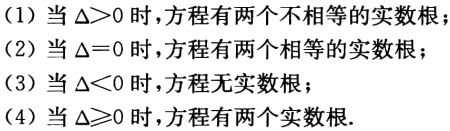
(1) 当\(\Delta>0\)时，方程有两个不相等的实数根；

(2) 当\(\Delta = 0\)时，方程有两个相等的实数根；

(3) 当\(\Delta<0\)时，方程无实数根；

(4) 当\(\Delta\geq0\)时，方程有两个实数根.